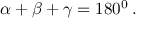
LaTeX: \alpha + \beta + \gamma = 1 8 0 ^ { 0 } \: .